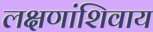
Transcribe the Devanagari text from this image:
लक्षणांशिवाय